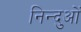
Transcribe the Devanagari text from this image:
निन्दुओं